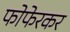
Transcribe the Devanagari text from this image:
फोफेरकर